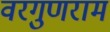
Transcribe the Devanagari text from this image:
वरगुणराम